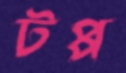
টপ্প